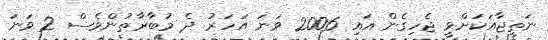
ނަތީޖާއަކަށްވީ ޖެހިގެން އައި 2006 ވަނަ އަހަރު ދެ މުބާރާތުންވެސް 2 ވަނަ